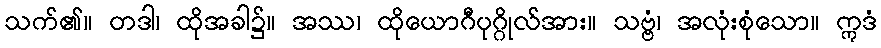
သက်၏။ တဒါ၊ ထိုအခါ၌။ အဿ၊ ထိုယောဂီပုဂ္ဂိုလ်အား။ သဗ္ဗံ၊ အလုံးစုံသော။ ဣဒံ